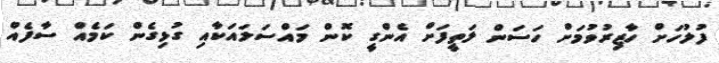
ފުލުހަށް ހާޒިރުވުމަށް ހަސަން ލަތީފަށް އެންގީ ކޮން މައްސަލައަކާއި ގުޅިގެން ކަމެއް ސާފެއް